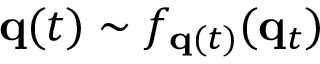
{ \bf q } ( t ) \sim f _ { { \bf q } ( t ) } ( { \bf q } _ { t } )